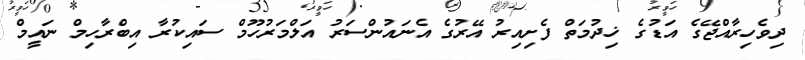
ދިވެހިރާއްޖޭގެ އަޑުގެ ޚިދުމަތް ފެށިއިރު އޭރުގެ އެނައުންސަރު އަލްމަރުހޫމް ސައިކުރާ އިބްރާހިމް ނައީމް